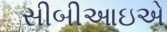
સીબીઆઇએ